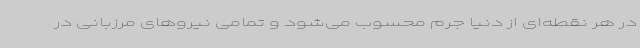
در هر نقطه‌ای از دنیا جرم محسوب می‌شود و تمامی نیروهای مرزبانی در